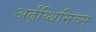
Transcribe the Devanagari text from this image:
अर्ढ़य्थिमिच्स